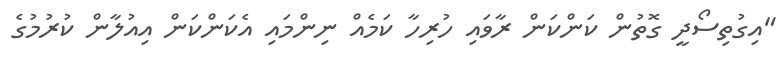
"އިގުތިސޯދީ ގޮތުން ކަންކަން ރާވައި ހުރިހާ ކަމެއް ނިންމައި އެކަންކަން އިއުލާން ކުރުމުގެ